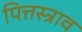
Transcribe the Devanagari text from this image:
पित्तस्त्राव